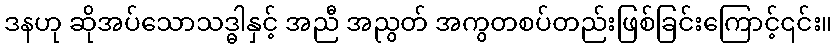
ဒနဟု ဆိုအပ်သောသဒ္ဓါနှင့် အညီ အညွတ် အကွတစပ်တည်းဖြစ်ခြင်းကြောင့်၎င်း။